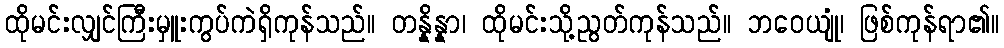
ထိုမင်းလျှင်ကြီးမှူးကွပ်ကဲရှိကုန်သည်။ တန္နိန္နာ၊ ထိုမင်းသို့ညွတ်ကုန်သည်။ ဘဝေယျုံ၊ ဖြစ်ကုန်ရာ၏။